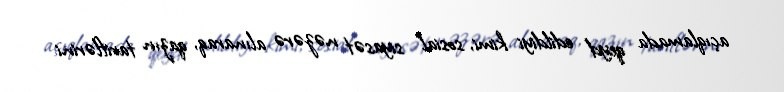
açıqlamada qeyd edildiyi kimi, sosial siyasət nəzərə alınaraq, qazın tariflərini